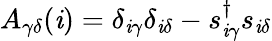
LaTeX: A_{\gamma\delta}(\mathit{i})=\delta_{\mathit{i}\gamma}\delta_{\mathit{i}\delta}-s_{\mathit{i}\gamma}^{\dagger}s_{\mathit{i}\delta}